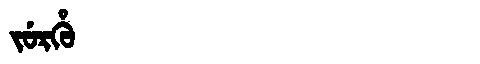
Manchu: ᠵᡠᡵᡥᡠ
Romanization: JURHU